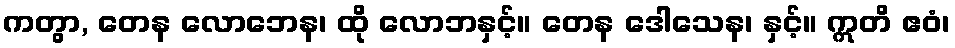
ကတွာ, တေန လောဘေန၊ ထို လောဘနှင့်။ တေန ဒေါသေန၊ နှင့်။ ဣတိ ဧဝံ၊